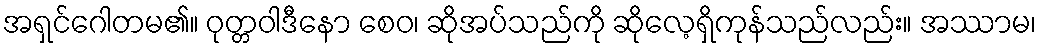
အရှင်ဂေါတမ၏။ ဝုတ္တဝါဒီနော စေဝ၊ ဆိုအပ်သည်ကို ဆိုလေ့ရှိကုန်သည်လည်း။ အဿာမ၊